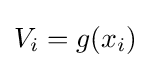
{\textstyle V_{i}=g(x_{i})}